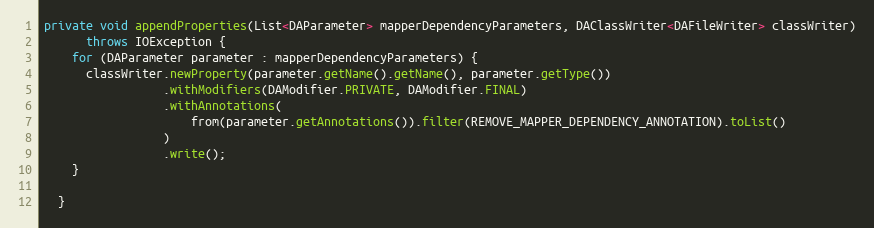
Language: Java
private void appendProperties(List<DAParameter> mapperDependencyParameters, DAClassWriter<DAFileWriter> classWriter)
      throws IOException {
    for (DAParameter parameter : mapperDependencyParameters) {
      classWriter.newProperty(parameter.getName().getName(), parameter.getType())
                 .withModifiers(DAModifier.PRIVATE, DAModifier.FINAL)
                 .withAnnotations(
                     from(parameter.getAnnotations()).filter(REMOVE_MAPPER_DEPENDENCY_ANNOTATION).toList()
                 )
                 .write();
    }

  }